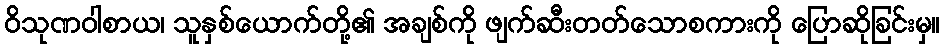
ဝိသုဏဝါစာယ၊ သူနှစ်ယောက်တို့၏ အချစ်ကို ဖျက်ဆီးတတ်သောစကားကို ပြောဆိုခြင်းမှ။